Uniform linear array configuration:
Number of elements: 48
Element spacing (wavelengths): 1
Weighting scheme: exponential
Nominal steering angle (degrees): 0
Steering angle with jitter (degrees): -1.202
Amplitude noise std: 0.05
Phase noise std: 0.05

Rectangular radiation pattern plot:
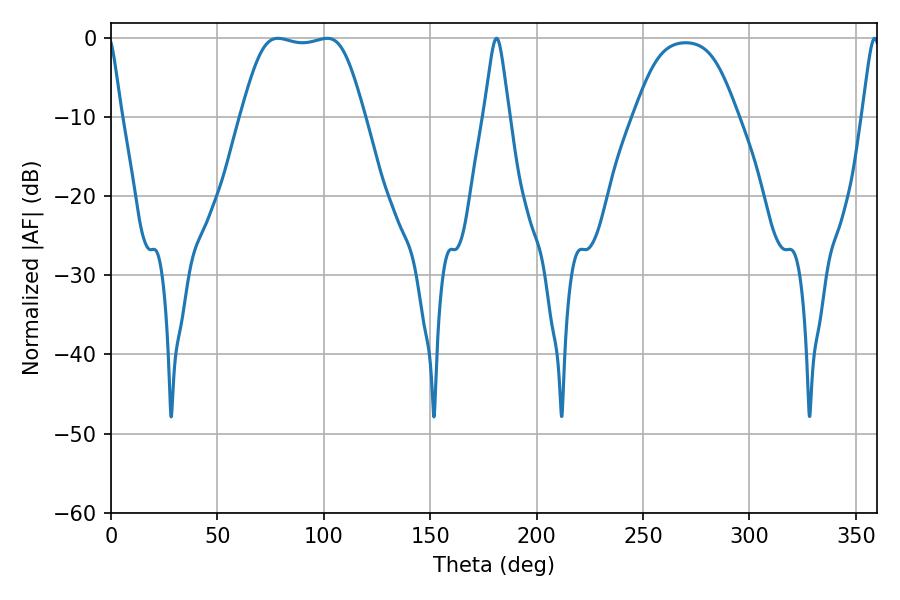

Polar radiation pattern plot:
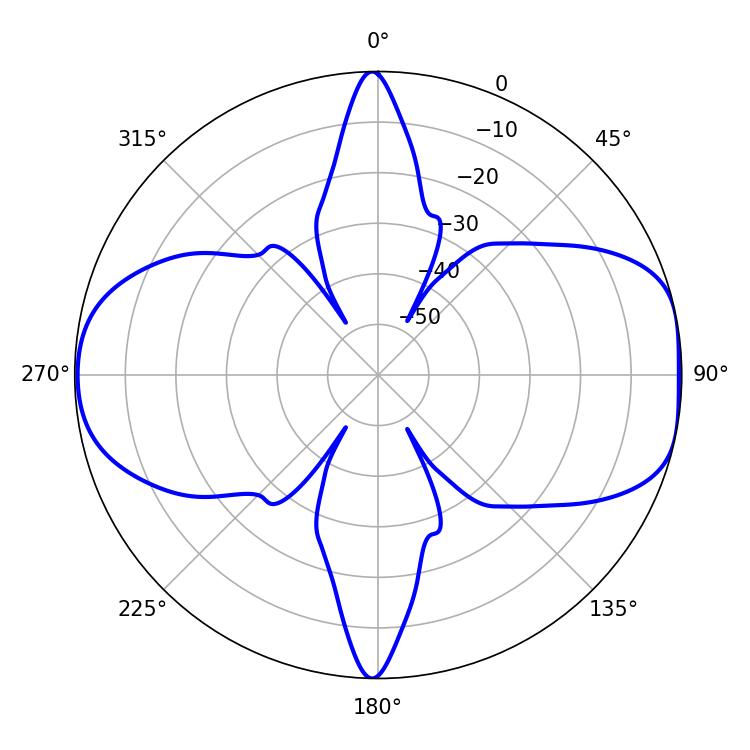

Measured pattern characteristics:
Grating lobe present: TRUE
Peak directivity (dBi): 9.144
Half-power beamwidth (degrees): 43.2
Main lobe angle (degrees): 78.48